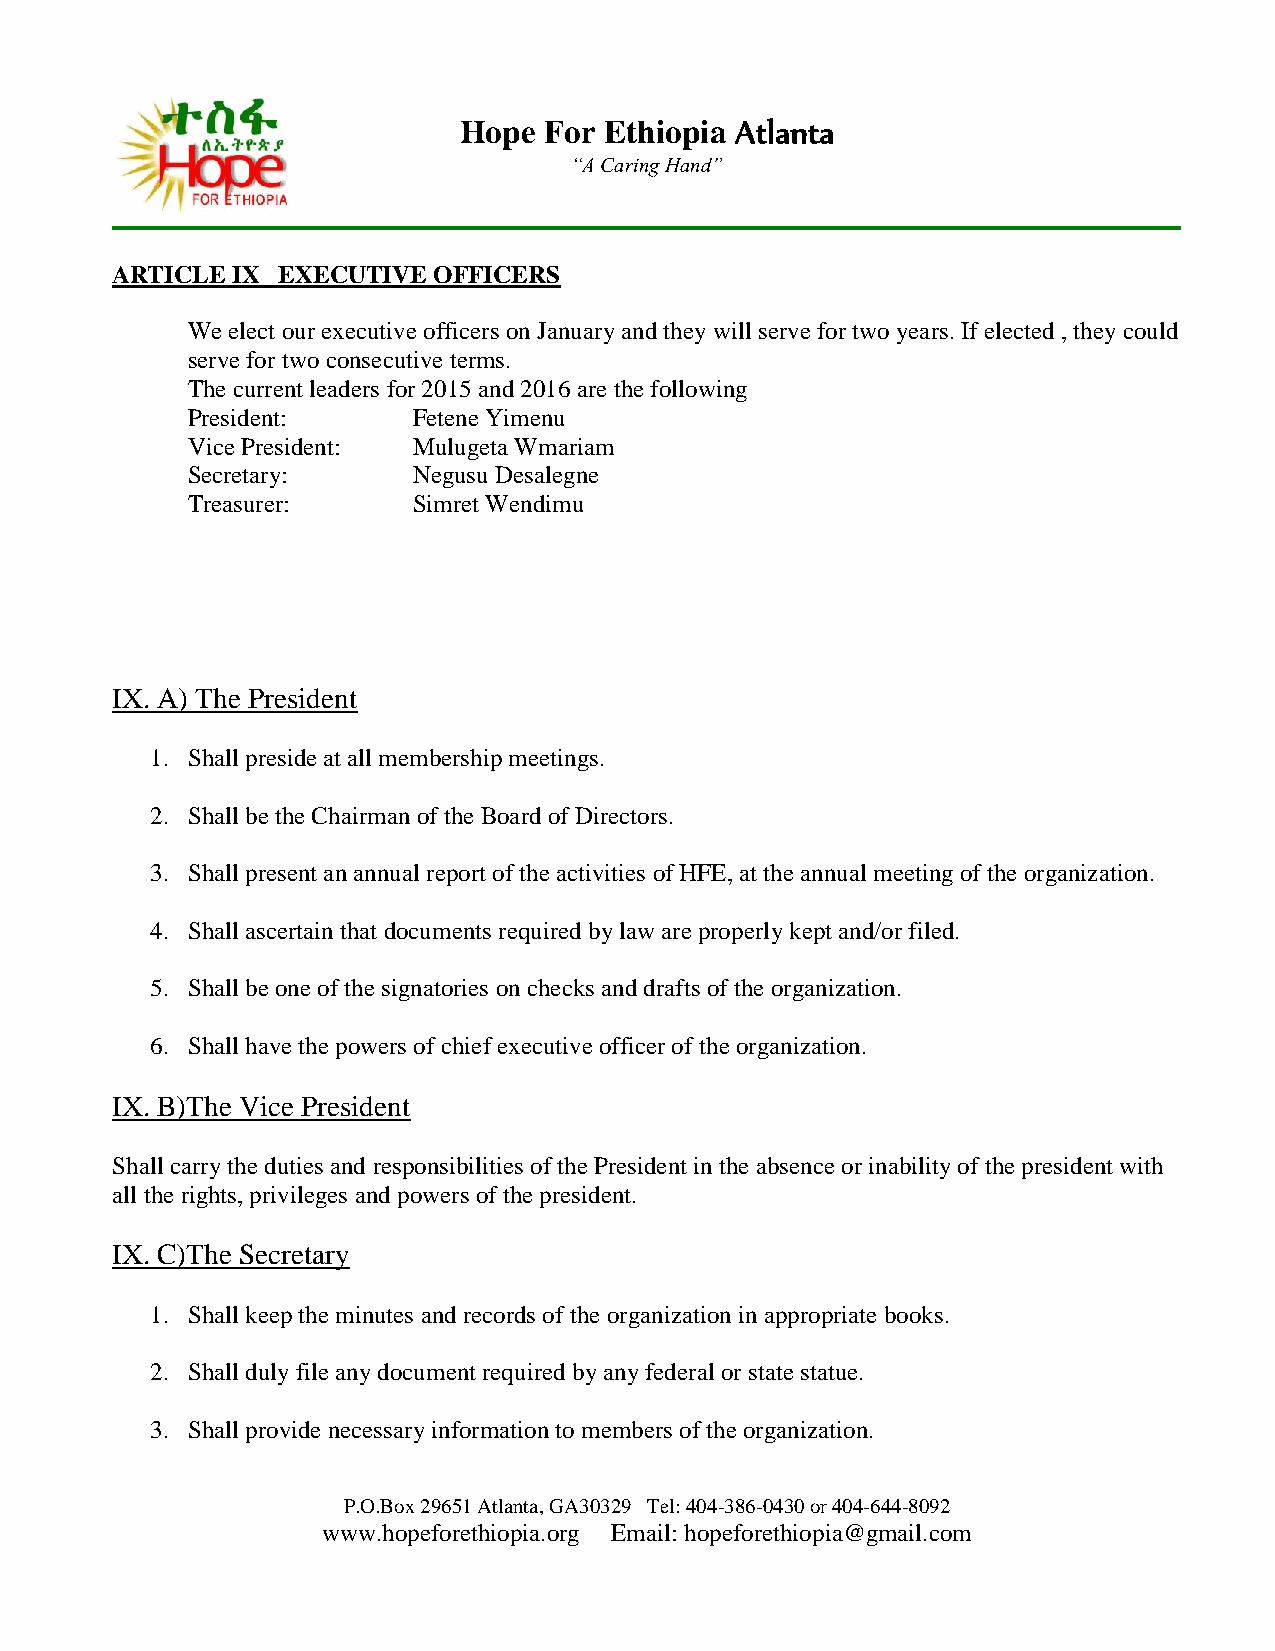
Hope  For Ethiopia Atlanta
 “A Caring Hand”
 ARTICLE IX EXECUTIVE  OFFICERS
 We elect our executive officers on January and they will serve for two years. If elected , they could
 serve for two consecutive terms.
 The current leaders for 2015 and 2016 are the following
 President:     Fetene Yimenu
 Vice President: Mulugeta Wmariam
 Secretary:     Negusu Desalegne
 Treasurer:     Simret Wendimu
 IX. A) The President
 1. Shall preside at all membership meetings.
 2. Shall be the Chairman of the Board of Directors.
 3. Shall present an annual report of the activities of HFE, at the annual meeting of the organization.
 4. Shall ascertain that documents required by law are properly kept and/or filed.
 5. Shall be one of the signatories on checks and drafts of the organization.
 6. Shall have the powers of chief executive officer of the organization.
 IX. B)The Vice President
 Shall carry the duties and responsibilities of the President in the absence or inability of the president with
 all the rights, privileges and powers of the president.
 IX. C)The Secretary
 1. Shall keep the minutes and records of the organization in appropriate books.
 2. Shall duly file any document required by any federal or state statue.
 3. Shall provide necessary information to members of the organization.
 P.O.Box 29651 Atlanta, GA30329 Tel: 404-386-0430 or 404-644-8092
 www.hopeforethiopia.org Email: hopeforethiopia@gmail.com